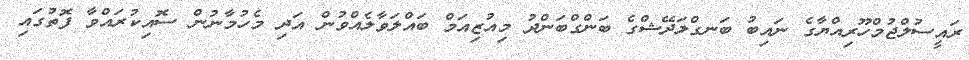
ރައީސުލްޖުމްހޫރިއްޔާގެ ނައިބު ބަނގްލަދޭޝްގެ ބަންގްބަންދު މިއުޒިއަމް ބައްލަވާލެއްވުން އަދި މެހުމާނުން ސޮއިކުރައްވާ ފޮތުގައި